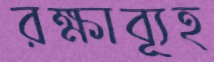
রক্ষাব্যূহ